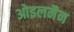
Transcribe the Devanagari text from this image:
ओइलमैन